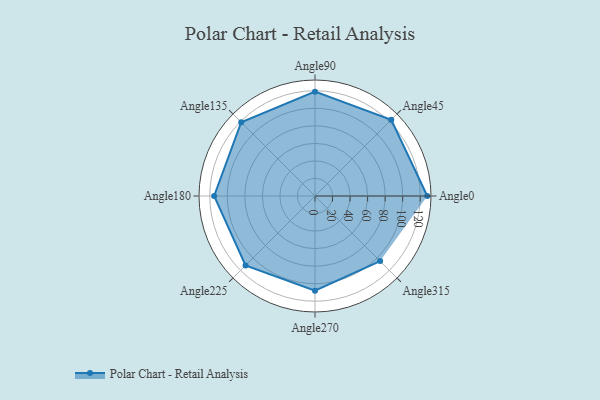
{"axis": {"x": "Angle", "y": "Radius"}, "legend": [""], "data": [{"x": "Angle0", "y": 128.0, "type": ""}, {"x": "Angle45", "y": 123.0, "type": ""}, {"x": "Angle90", "y": 119.0, "type": ""}, {"x": "Angle135", "y": 119.0, "type": ""}, {"x": "Angle180", "y": 115.0, "type": ""}, {"x": "Angle225", "y": 112.0, "type": ""}, {"x": "Angle270", "y": 108.0, "type": ""}, {"x": "Angle315", "y": 105.0, "type": ""}]}